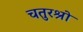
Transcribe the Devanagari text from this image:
चतुरश्रो